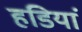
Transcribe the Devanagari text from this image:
हडियां